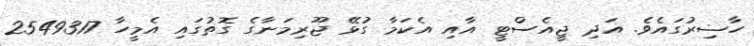
ހާޟިރުގައެވެ. އަދި ޖީއެސްޓީ އާއި އެކަމާ ގުޅޭ ޖޫރިމަނާގެ ގޮތުގައި އެމީހާ 2549317